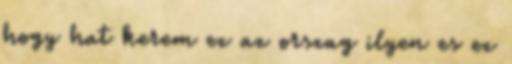
hogy hat kerem ez az orszag ilyen es ez